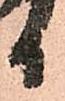
日